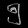
Digit: ၅